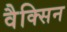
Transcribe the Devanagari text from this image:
वैक्सिन